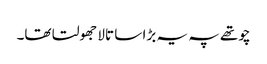
چوتھے پہ یہ بڑا سا تالا جھولتا تھا۔